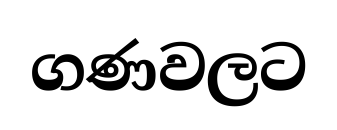
ගණවලට